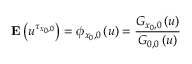
{ \bf E } \left( u ^ { \tau _ { x _ { 0 } , 0 } } \right) = \phi _ { x _ { 0 } , 0 } \left( u \right) = \frac { G _ { x _ { 0 } , 0 } \left( u \right) } { G _ { 0 , 0 } \left( u \right) }